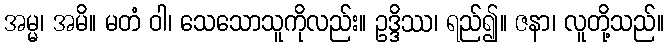
အမ္မ၊ အမိ။ မတံ ဝါ၊ သေသောသူကိုလည်း။ ဥဒ္ဒိဿ၊ ရည်၍။ ဇနာ၊ လူတို့သည်။